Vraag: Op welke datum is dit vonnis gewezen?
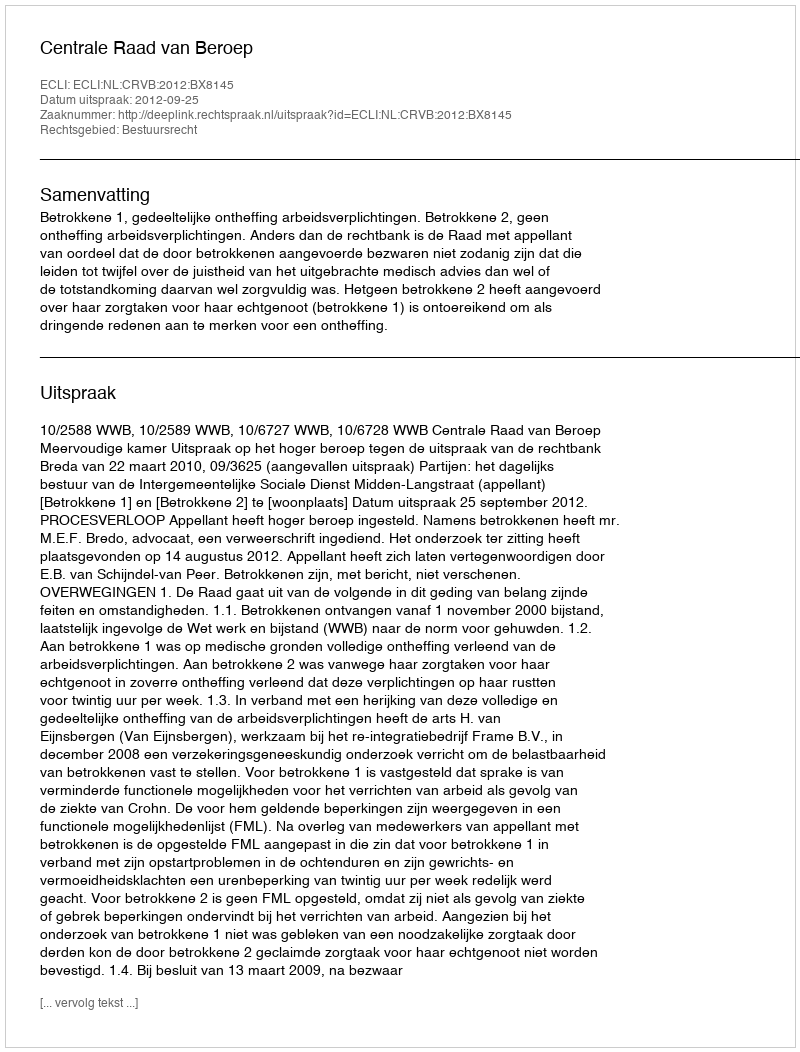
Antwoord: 2012-09-25